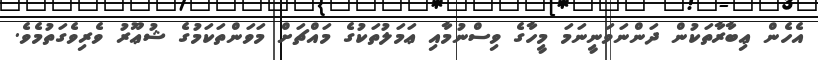
އެހެން ޢިބާރާތަކުން ދަންނަވަނީނަމަ މީހާގެ ވިސްނުމާއި ޢަމަލުތަކުގެ މައްޗަށް މަވަންތަކަމުގެ ޝުޢޫރު ވެރިވެގަތުމެވެ.